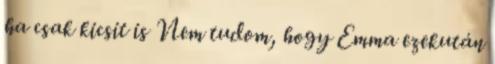
ha csak kicsit is Nem tudom, hogy Emma ezekután